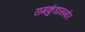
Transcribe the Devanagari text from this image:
रामकुंडासमोर